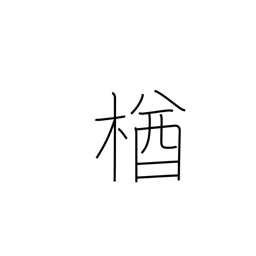
Meaning: oak